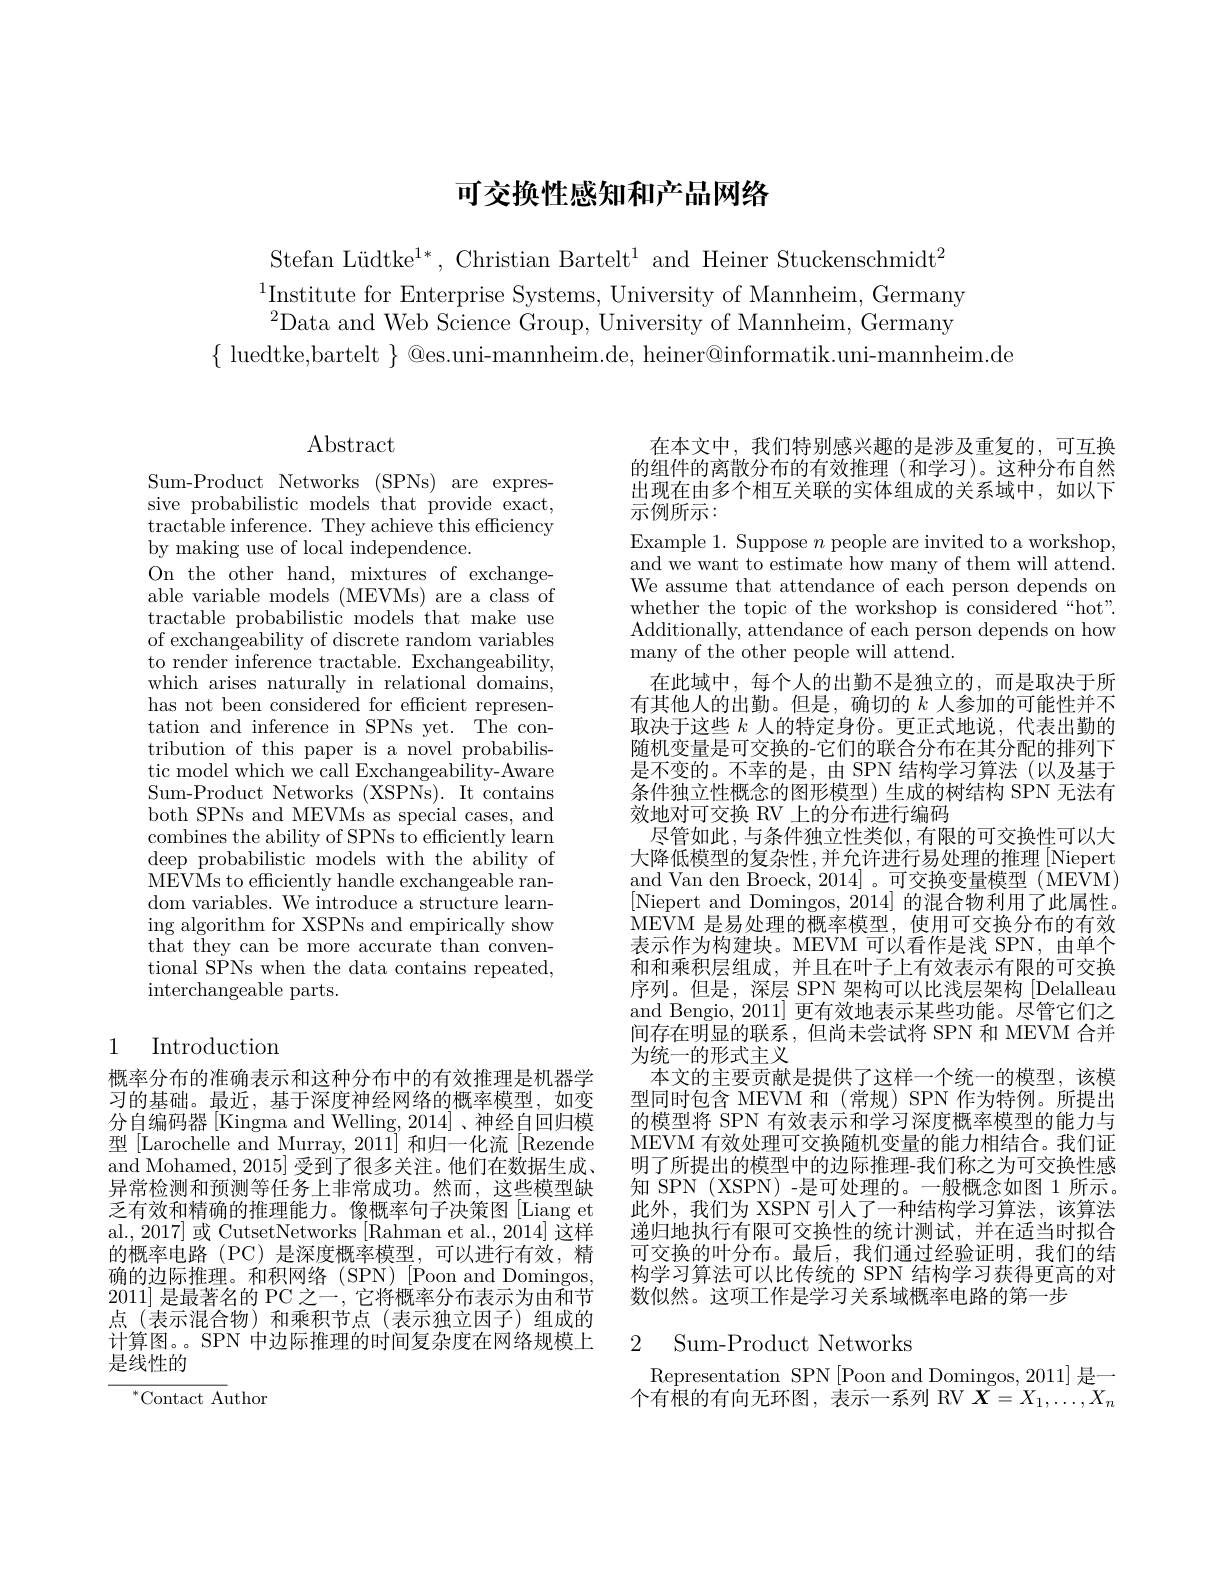
# 可交换性感知和产品网络

Stefan Lüdtke$^1*$, Christian Bartelt$^1$ and Heiner Stuckenschmidt$^2$
$^{1}$Institute for Enterprise Systems, University of Mannheim, Germany $^{2}$Data and Web Science Group, University of Mannheim, Germany
$\{$ luedtke,bartelt $\}$ @es.uni-mannheim.de, heiner@informatik.uni-mannheim.de

# $\operatorname{Abstract}$

Sum-Product Networks (SPNs) are expressive probabilistic models that provide exact, $\dot{\text{tractable inference. They achieve this efficiency}}$ by making use of local independence.
On the other hand, mixtures of exchangeable variable models (MEVMs) are a class of tractable probabilistic models that make use of exchangeability of discrete random variables to render inference tractable. Exchangeability, which arises naturally in relational domains, has not been considered for efficient representation and inference in SPNs yet. The contribution of this paper is a novel probabilistic model which we call Exchangeability-Aware Sum-Product Networks (XSPNs). It contains both SPNs and MEVMs as special cases, and combines the ability of SPNs to efficiently learn deep probabilistic models with the ability of ${\mathrm{MEVMs~to~efficiently~handle~exchangeable~ran-}}$ dom variables. We introduce a structure learning algorithm for XSPNs and empirically show $\bar{\text{that they can be more accurate than conven-}}$ tional SPNs when the data contains repeated, interchangeable parts.

# 1 Introduction

概率分布的准确表示和这种分布中的有效推理是机器学习的基础。最近，基于深度神经网络的概率模型，如变分自编码器[Kingma and Welling, 2014]、神经自回归模型 [Larochelle and Murray, 2011] 和归一化流[Rezende and Mohamed, 2015] 受到了很多关注。他们在数据生成、 异常检测和预测等任务上非常成功。然而，这些模型缺乏有效和精确的推理能力。像概率句子决策图[Liang et al., 2017] 或 CutsetNetworks [Rahman et al., 2014] 这样的概率电路(PC)是深度概率模型，可以进行有效，精确的边际推理。和积网络(SPN)[Poon and Domingos, 2011]是最著名的 PC 之一，它将概率分布表示为由和节点(表示混合物)和乘积节点(表示独立因子)组成的计算图。。SPN 中边际推理的时间复杂度在网络规模上是线性的

$^{*}$Contact Author

在本文中，我们特别感兴趣的是涉及重复的，可互换的组件的离散分布的有效推理(和学习)。这种分布自然出现在由多个相互关联的实体组成的关系域中，如以下示例所示：
$\begin{array}{l}\text{Example 1. Suppose }n\text{ people are invited to a workshop,}\\\text{and we want to estimate how many of them will attend.}\end{array}$ We assume that attendance of each person depends on whether the topic of the workshop is considered“hot”. Additionally, attendance of each person depends on how many of the other people will attend.
在此域中，每个人的出勤不是独立的，而是取决于所有其他人的出勤。但是，确切的$k$人参加的可能性并不取决于这些$k$人的特定身份。更正式地说，代表出勤的随机变量是可交换的-它们的联合分布在其分配的排列下是不变的。不幸的是，由 SPN 结构学习算法(以及基于条件独立性概念的图形模型)生成的树结构 SPN 无法有效地对可交换 RV 上的分布进行编码
尽管如此，与条件独立性类似，有限的可交换性可以大大降低模型的复杂性，并允许进行易处理的推理[Niepert and Van den Broeck, 2014] 。可交换变量模型 (MEVM) [Niepert and Domingos, 2014] 的混合物利用了此属性。MEVM 是易处理的概率模型，使用可交换分布的有效表示作为构建块。MEVM 可以看作是浅 SPN,由单个和和乘积层组成，并且在叶子上有效表示有限的可交换序列。但是，深层 SPN 架构可以比浅层架构[Delalleau and Bengio, 2011] 更有效地表示某些功能。尽管它们之间存在明显的联系，但尚未尝试将 SPN 和 MEVM 合并为统一的形式主义
本文的主要贡献是提供了这样一个统一的模型，该模型同时包含 MEVM 和 (常规) SPN 作为特例。所提出的模型将 SPN 有效表示和学习深度概率模型的能力与MEVM 有效处理可交换随机变量的能力相结合。我们证明了所提出的模型中的边际推理-我们称之为可交换性感知 SPN (XSPN) -是可处理的。一般概念如图 1 所示。此外，我们为 XSPN 引入了一种结构学习算法，该算法递归地执行有限可交换性的统计测试，并在适当时拟合可交换的叶分布。最后，我们通过经验证明，我们的结构学习算法可以比传统的 SPN 结构学习获得更高的对数似然。这项工作是学习关系域概率电路的第一步

## 2 Sum-Product Networks

Representation SPN[Poon and Domingos, 2011] 是一个有根的有向无环图，表示一系列 RV $X=X_1,\ldots,X_n$